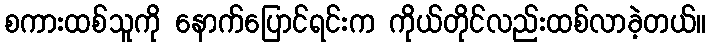
စကားထစ်သူကို နောက်ပြောင်ရင်းက ကိုယ်တိုင်လည်းထစ်လာခဲ့တယ်။